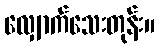
လျှောက်သေးတုန်း။